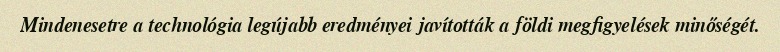
Mindenesetre a technológia legújabb eredményei javították a földi megfigyelések minőségét.